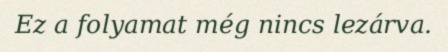
Ez a folyamat még nincs lezárva.